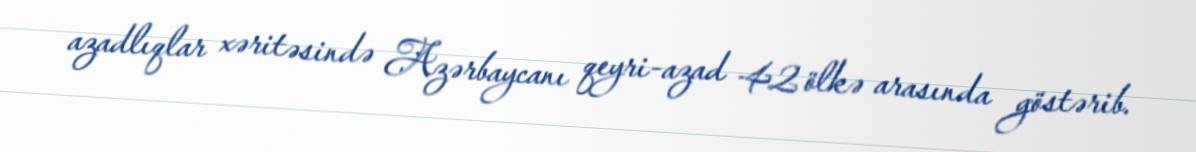
azadlıqlar xəritəsində Azərbaycanı qeyri-azad 42 ölkə arasında göstərib.